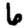
Digit: 6